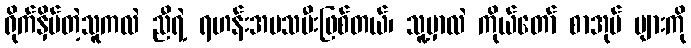
ရိုက်နှိပ်တဲ့သူကလဲ ညီရဲ့ ရဟန်းအမသမီးဖြစ်တယ်၊ သူ့မှာလဲ ကိုယ်တော် စာအုပ် များကို